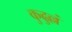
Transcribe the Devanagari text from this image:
कुढुल्लं